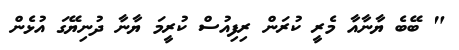
" ބޭބެ ޔާނާއާ މެރީ ކުރަން ރިފިއުސް ކުރީމަ ޔާނާ ދުނިޔޭގަ އުޅެން